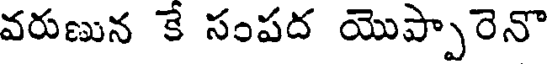
వరుణున కే సంపద యొప్పారెనొ